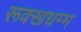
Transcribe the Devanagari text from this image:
रूक्खधम्म